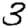
Digit: 3